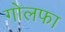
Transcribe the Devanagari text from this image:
गोलफा